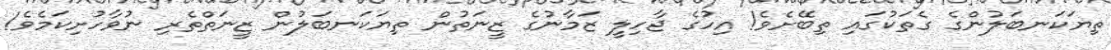
ތިޔަކަނބަލުންގެ ގެތަކުގައި ތިބޭށެވެ! އިހުގެ ޖާހިލީ ޒަމާނުގެ ޒީނަތުން ތިޔަކަނބަލުން ޒީނަތްތެރި ނުވާހުށިކަމެވެ!